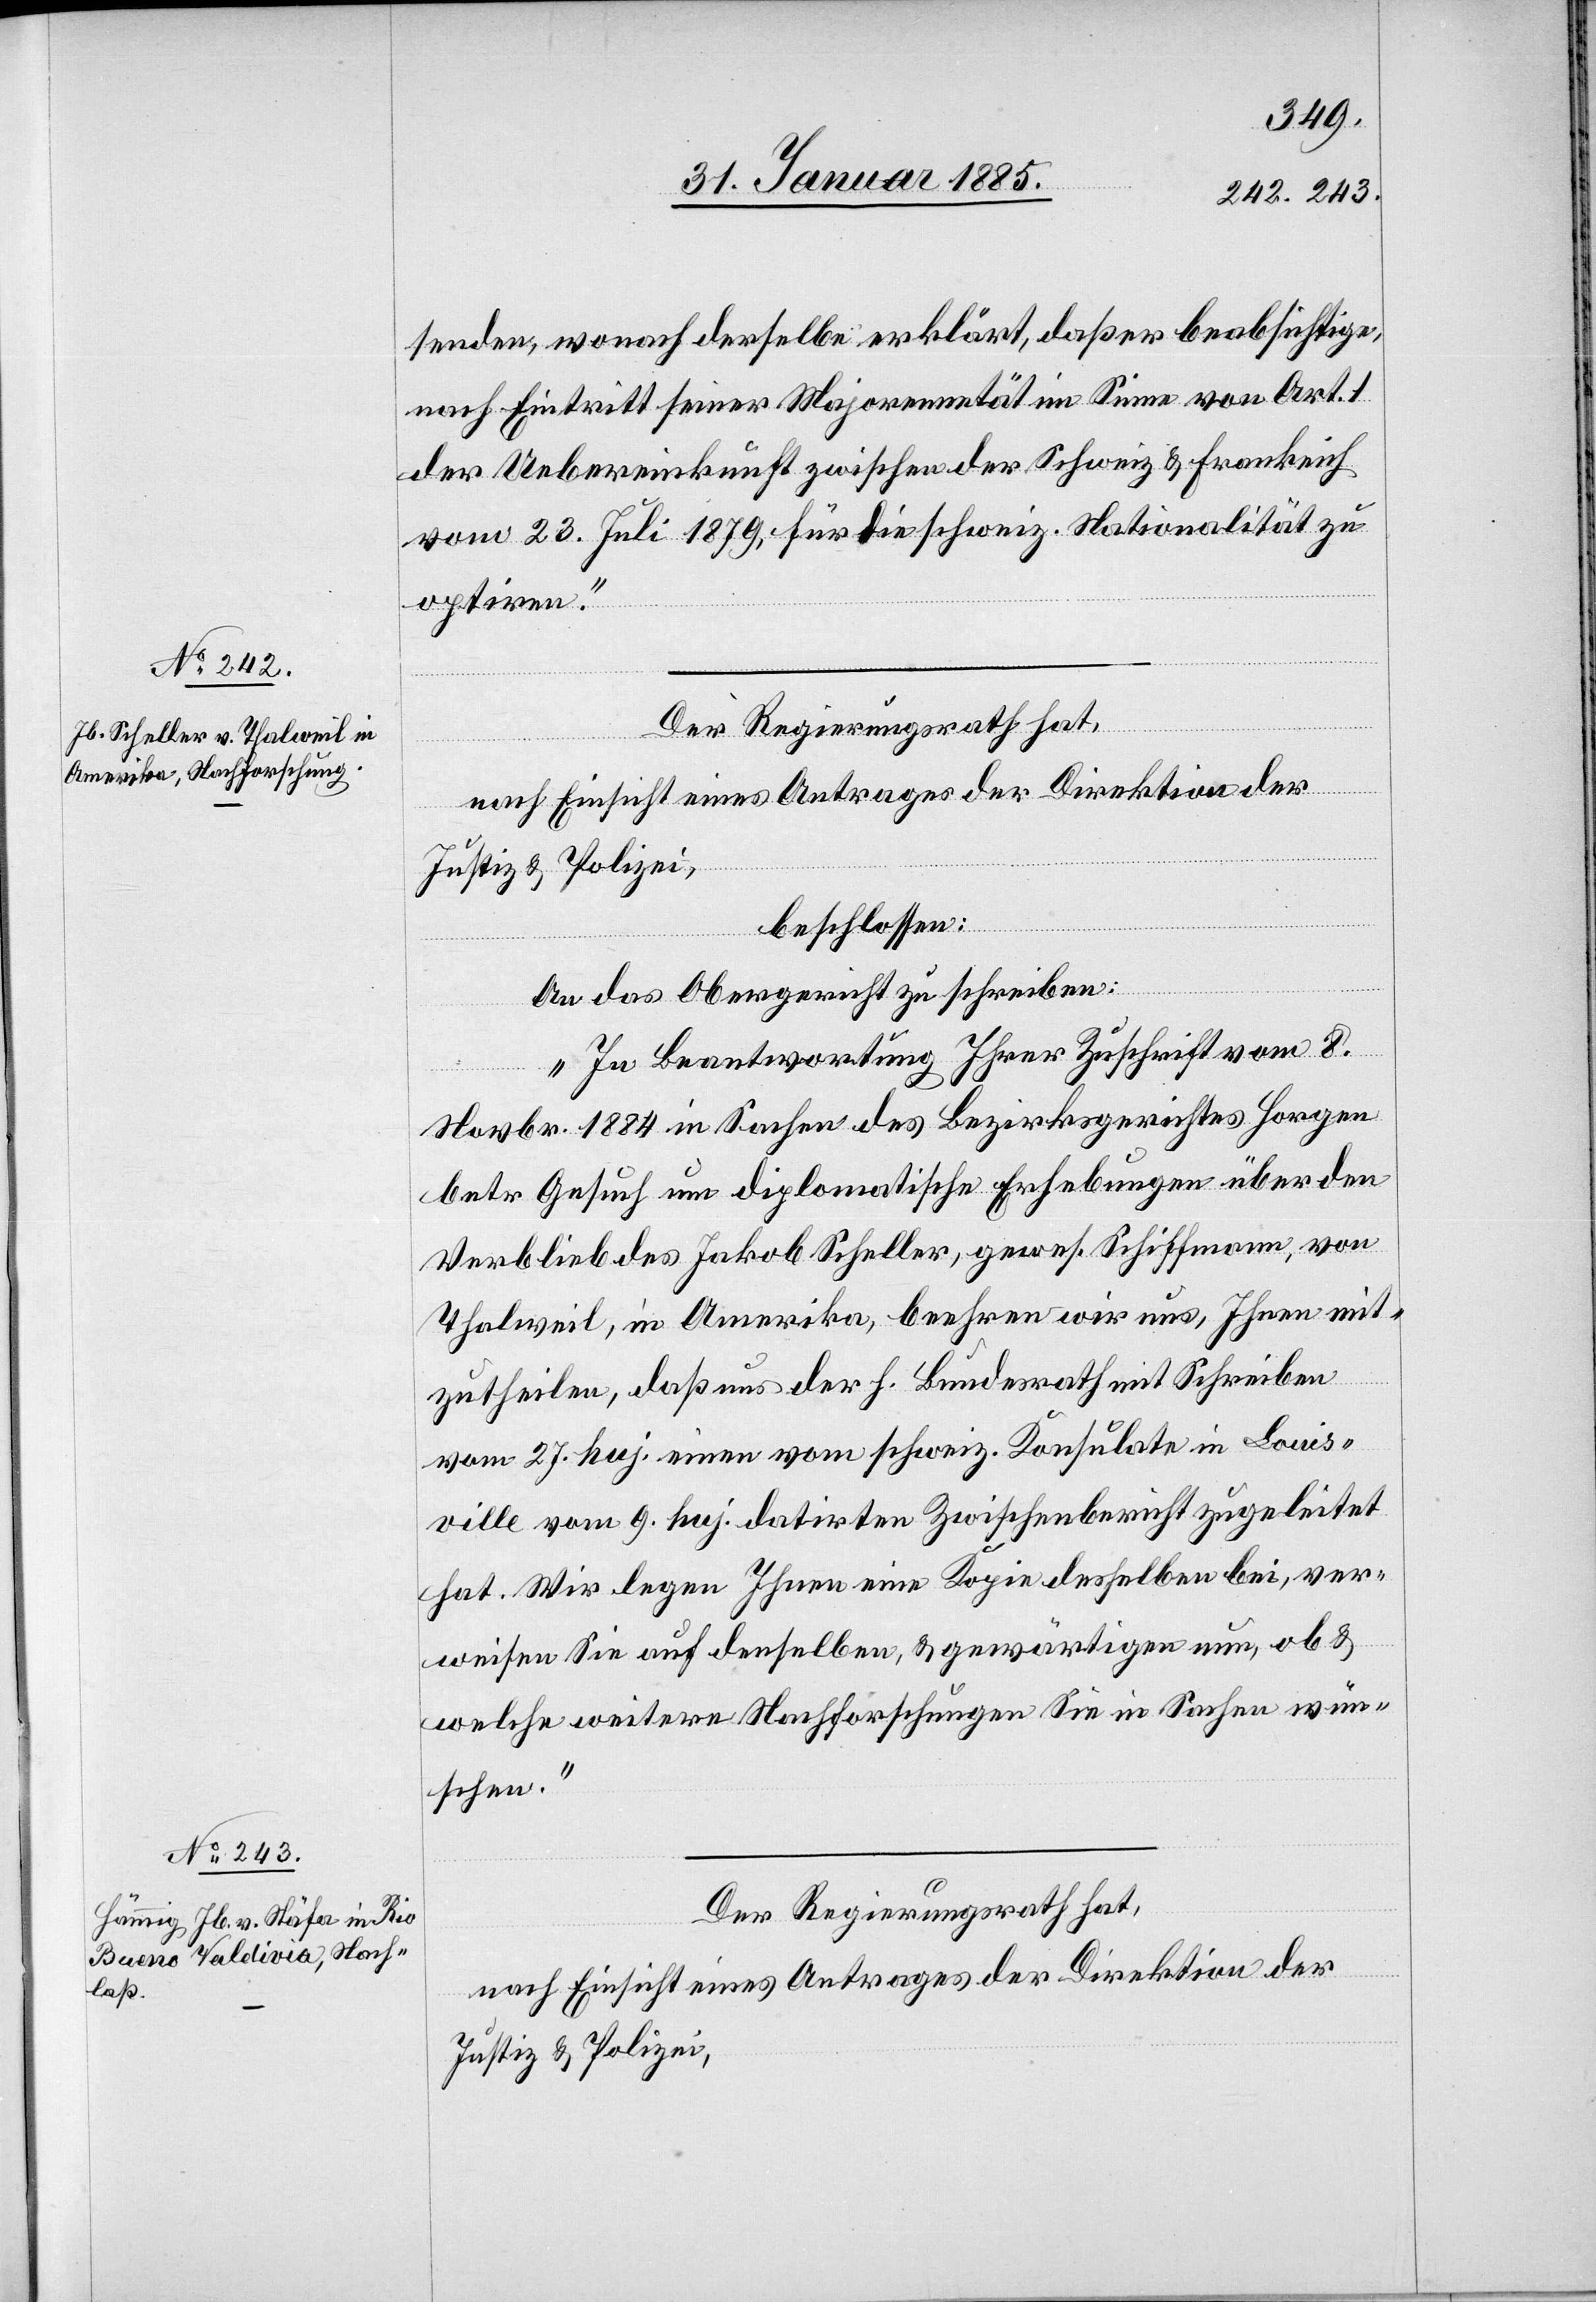
senden, wonach derselbe erklärt, daß er beabsichtige,
nach Eintritt seiner Majorennetät im Sinne von Art. 1
der Uebereinkunft zwischen der Schweiz & Frankreich
vom 13. Juli 1879, für die schweiz. Nationalität zu
optiren.“
Der Regierungsrath hat,
nach Einsicht eines Antrages der Direktion der
Justiz & Polizei,
beschlossen:
An das Obergericht zu schreiben:
„In Beantwortung Ihrer Zuschrift vom 8.
Novbr. 1884 in Sachen des Bezirksgerichtes Horgen
betr. Gesuch um diplomatische Erhebungen über den
Verbleib des Jakob Scheller, gewes. Schiffmann, von
Thalweil, in Amerika, beehren wir uns, Ihnen mit¬
zutheilen, daß uns der h. Bundesrath mit Schreiben
vom 27. huj. einen vom schweiz. Konsulate in Louis¬
ville vom 9. huj. datirten Zwischenbericht zugeleitet
hat. Wir legen Ihnen eine Kopie desselben bei, ver¬
weisen Sie auf denselben, & gewärtigen nun, ob &
welche weitere Nachforschungen Sie in Sachen wün¬
schen.“
Der Regierungsrath hat,
nach Einsicht eines Antrages der Direktion der
Justiz & Polizei,